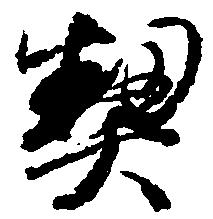
契